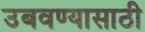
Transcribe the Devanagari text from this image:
उबवण्यासाठी